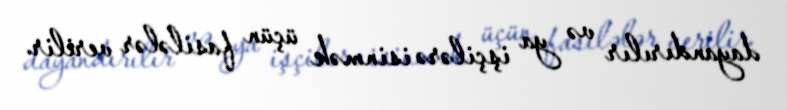
dayandırılır və ya işçilərə isinmək üçün fasilələr verilir.